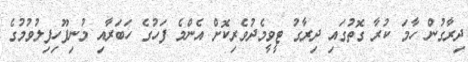
ދިރާގުން ހާމަ ކުރާ ގޮތުގައި ދިރާގު ޓީވީމެދުވެރިކޮށް އެންމެ ފަހުގެ ހަބަރާއި މުނިފޫހިފިލުވުމުގެ